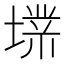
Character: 𱗭